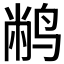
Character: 𫛮